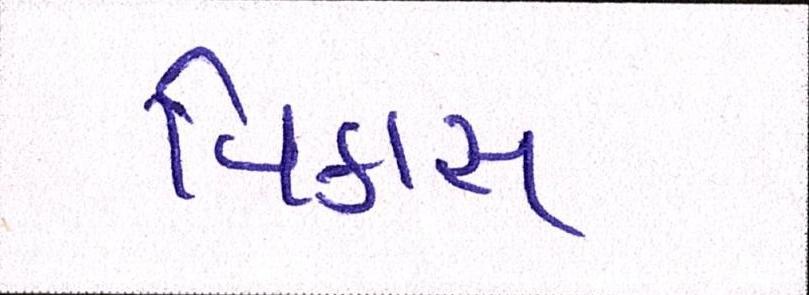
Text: વિકાસ